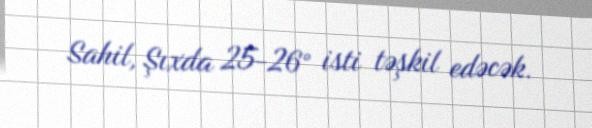
Sahil, Şıxda 25-26° isti təşkil edəcək.